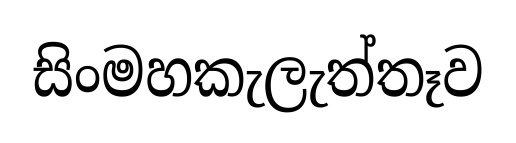
සිංමහකැලැත්තෑව